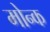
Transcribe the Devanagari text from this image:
मोन्क